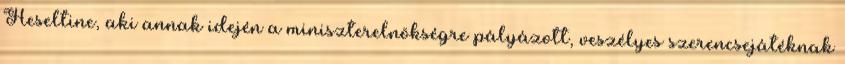
Heseltine, aki annak idején a miniszterelnökségre pályázott, veszélyes szerencsejátéknak